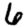
Digit: 6